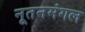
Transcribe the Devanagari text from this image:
नूतनमंगल